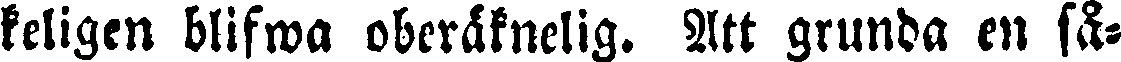
keligen blifwa oberäknelig. Att grunda en så-